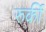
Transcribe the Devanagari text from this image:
रुर्की